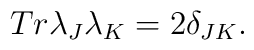
Tr\lambda_J\lambda_K=2\delta_{JK}.